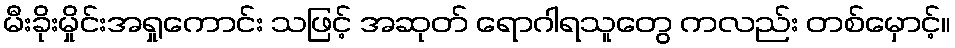
မီးခိုးမှိုင်းအရှုကောင်း သဖြင့် အဆုတ် ရောဂါရသူတွေ ကလည်း တစ်မှောင့်။